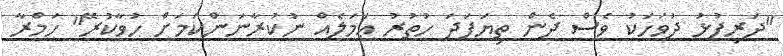
"ދަރިފުޅު ދުވަހަކު ވެސް ދެން ތިޔަފަދަ ހުތުރު ޢަމަލެއް ނުކުރާނަންކަމަށް ހުވާކުރޭ" ހަމްރާ